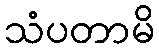
သံပတာမိ